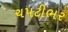
ચપટીભર